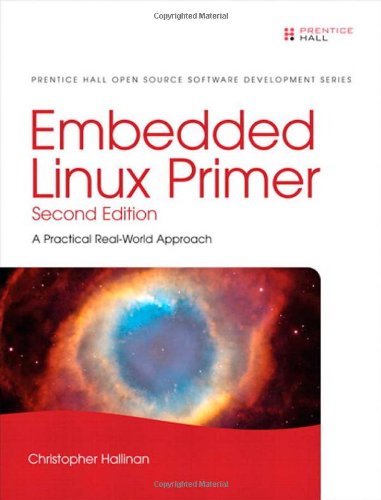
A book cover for Embedded Linux Primer: A Practical Real-World Approach (2nd Edition); Christopher Hallinan; Computers & Technology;